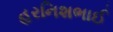
હરનિશભાઈ